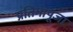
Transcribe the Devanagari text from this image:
प्रतिमापूजा